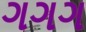
ગગગ